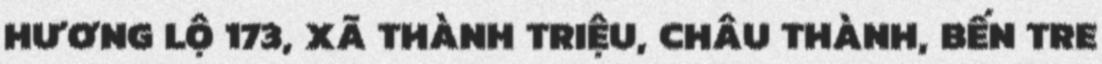
HƯƠNG LỘ 173, XÃ THÀNH TRIỆU, CHÂU THÀNH, BẾN TRE